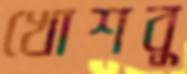
খোশবু